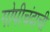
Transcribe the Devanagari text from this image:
गोपीचंदाची